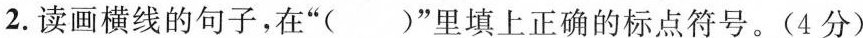
2.读画横线的句子，在”()”里填上正确的标点符号。(4分)